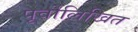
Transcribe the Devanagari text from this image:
पूर्वोलिखित